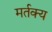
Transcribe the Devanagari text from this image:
मर्तक्य